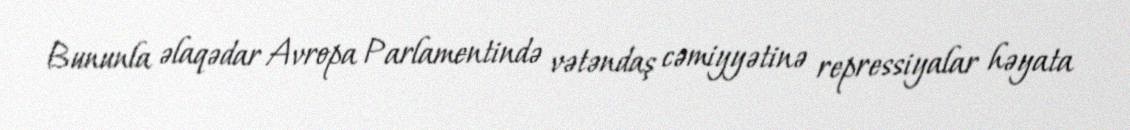
Bununla əlaqədar Avropa Parlamentində vətəndaş cəmiyyətinə repressiyalar həyata